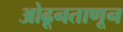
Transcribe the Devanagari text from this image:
ओढूनताणून